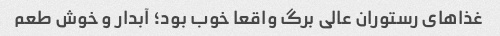
غذاهای رستوران عالی برگ واقعا خوب بود؛ آبدار و خوش طعم